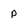
Character: P